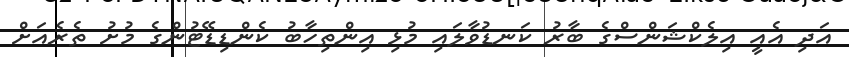
އަދި އެއީ އިލެކްޝަންސްގެ ބާރު ކަނޑުވާލައި މުޅި އިންތިހާބު ކެންޑިޑޭޓުންގެ މުށު ތެރެއަށް